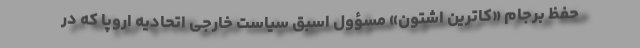
حفظ برجام «کاترین اشتون» مسؤول اسبق سیاست خارجی اتحادیه اروپا که در